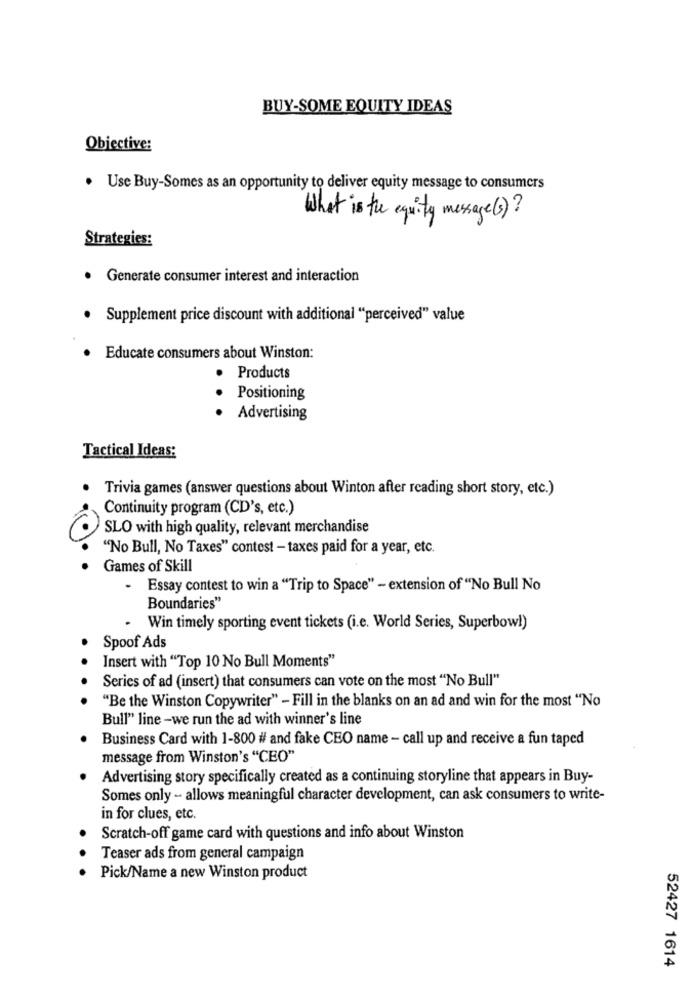
BUY-SOME EQUITY IDEAS
Objective:
· Use Buy-Somes as an opportunity to deliver equity message to consumers
What is the equity message (s)?
Strategies:
Generate consumer interest and interaction
.
Supplement price discount with additional "perceived" value
Educate consumers about Winston:
Products
Positioning
Advertising
Tactical Ideas:
Trivia games (answer questions about Winton after reading short story, etc.)
Continuity program (CD's, etc.)
SLO with high quality, relevant merchandise
"No Bull, No Taxes" contest - taxes paid for a year, etc.
Games of Skill
Essay contest to win a "Trip to Space" - extension of "No Bull No
Boundaries"
Win timely sporting event tickets (i.e. World Series, Superbowl)
Spoof Ads
Insert with "Top 10 No Bull Moments"
Series of ad (insert) that consumers can vote on the most "No Bull"
"Be the Winston Copywriter" - Fill in the blanks on an ad and win for the most "No
Bull" line -we run the ad with winner's line
Business Card with 1-800 # and fake CEO name - call up and receive a fun taped
message from Winston's "CEO"
Advertising story specifically created as a continuing storyline that appears in Buy-
Somes only - allows meaningful character development, can ask consumers to write-
in for clues, etc.
Scratch-off game card with questions and info about Winston
. .
Teaser ads from general campaign
Pick/Name a new Winston product
52427 1614